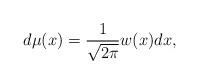
LaTeX: \begin{align*}d\mu(x)=\frac{1}{\sqrt{2\pi}}w(x)dx,\end{align*}